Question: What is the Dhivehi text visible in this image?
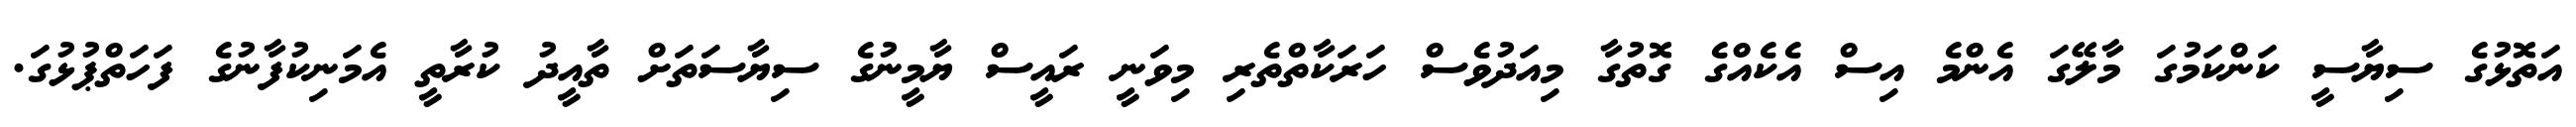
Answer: އަތޮޅުގެ ސިޔާސީ ކަންކަމުގަ މާލޭގަ އެންމެ އިސް އެކެއްގެ ގޮތުގާ މިއަދުވެސް ހަރަކާތްތެރި މިވަނީ ރައީސް ޔާމީނުގެ ސިޔާސަތަށް ތާއީދު ކުރާތީ އެމަނިކުފާނުގެ ފަހަތްޕުޅުގަ.